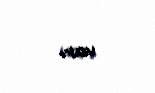
var.